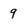
Character: 9